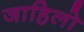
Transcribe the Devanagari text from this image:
जाहिलो